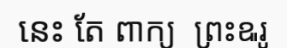
នេះ តែ ពាក្យ  ព្រះឩរូ